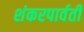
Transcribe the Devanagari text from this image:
शंकरपार्वती